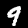
Digit: 9